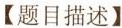
【题目描述】